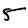
Digit: 5